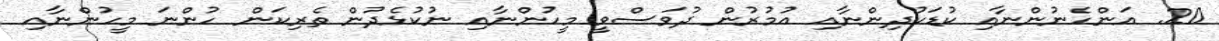
20. އަންހެނުންނާއި ކުޑަކުދިންނާއި އުމުރުން ދުވަސްވީ މީހުންނާއި ނުކުޅެދުން ތެރިކަން ހުންނަ މީހުންނާއި